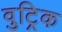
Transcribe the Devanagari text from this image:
वुट्रिक